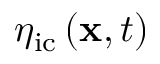
\eta _ { \mathrm { { i c } } } \left( \mathbf { x } , t \right)